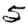
Digit: 5